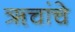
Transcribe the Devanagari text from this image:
ॠचांचे